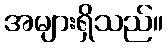
အများရှိသည်။